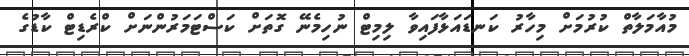
މުއާމަލާތް ކުރުމަށް މިހާރު ކަނޑައަޅާފައިވާ ލިމިޓް ނުހިމެނޭ ގޮތަށް ކަސްޓަމަރުންނަށް ކްރެޑިޓް ކާޑުގެ